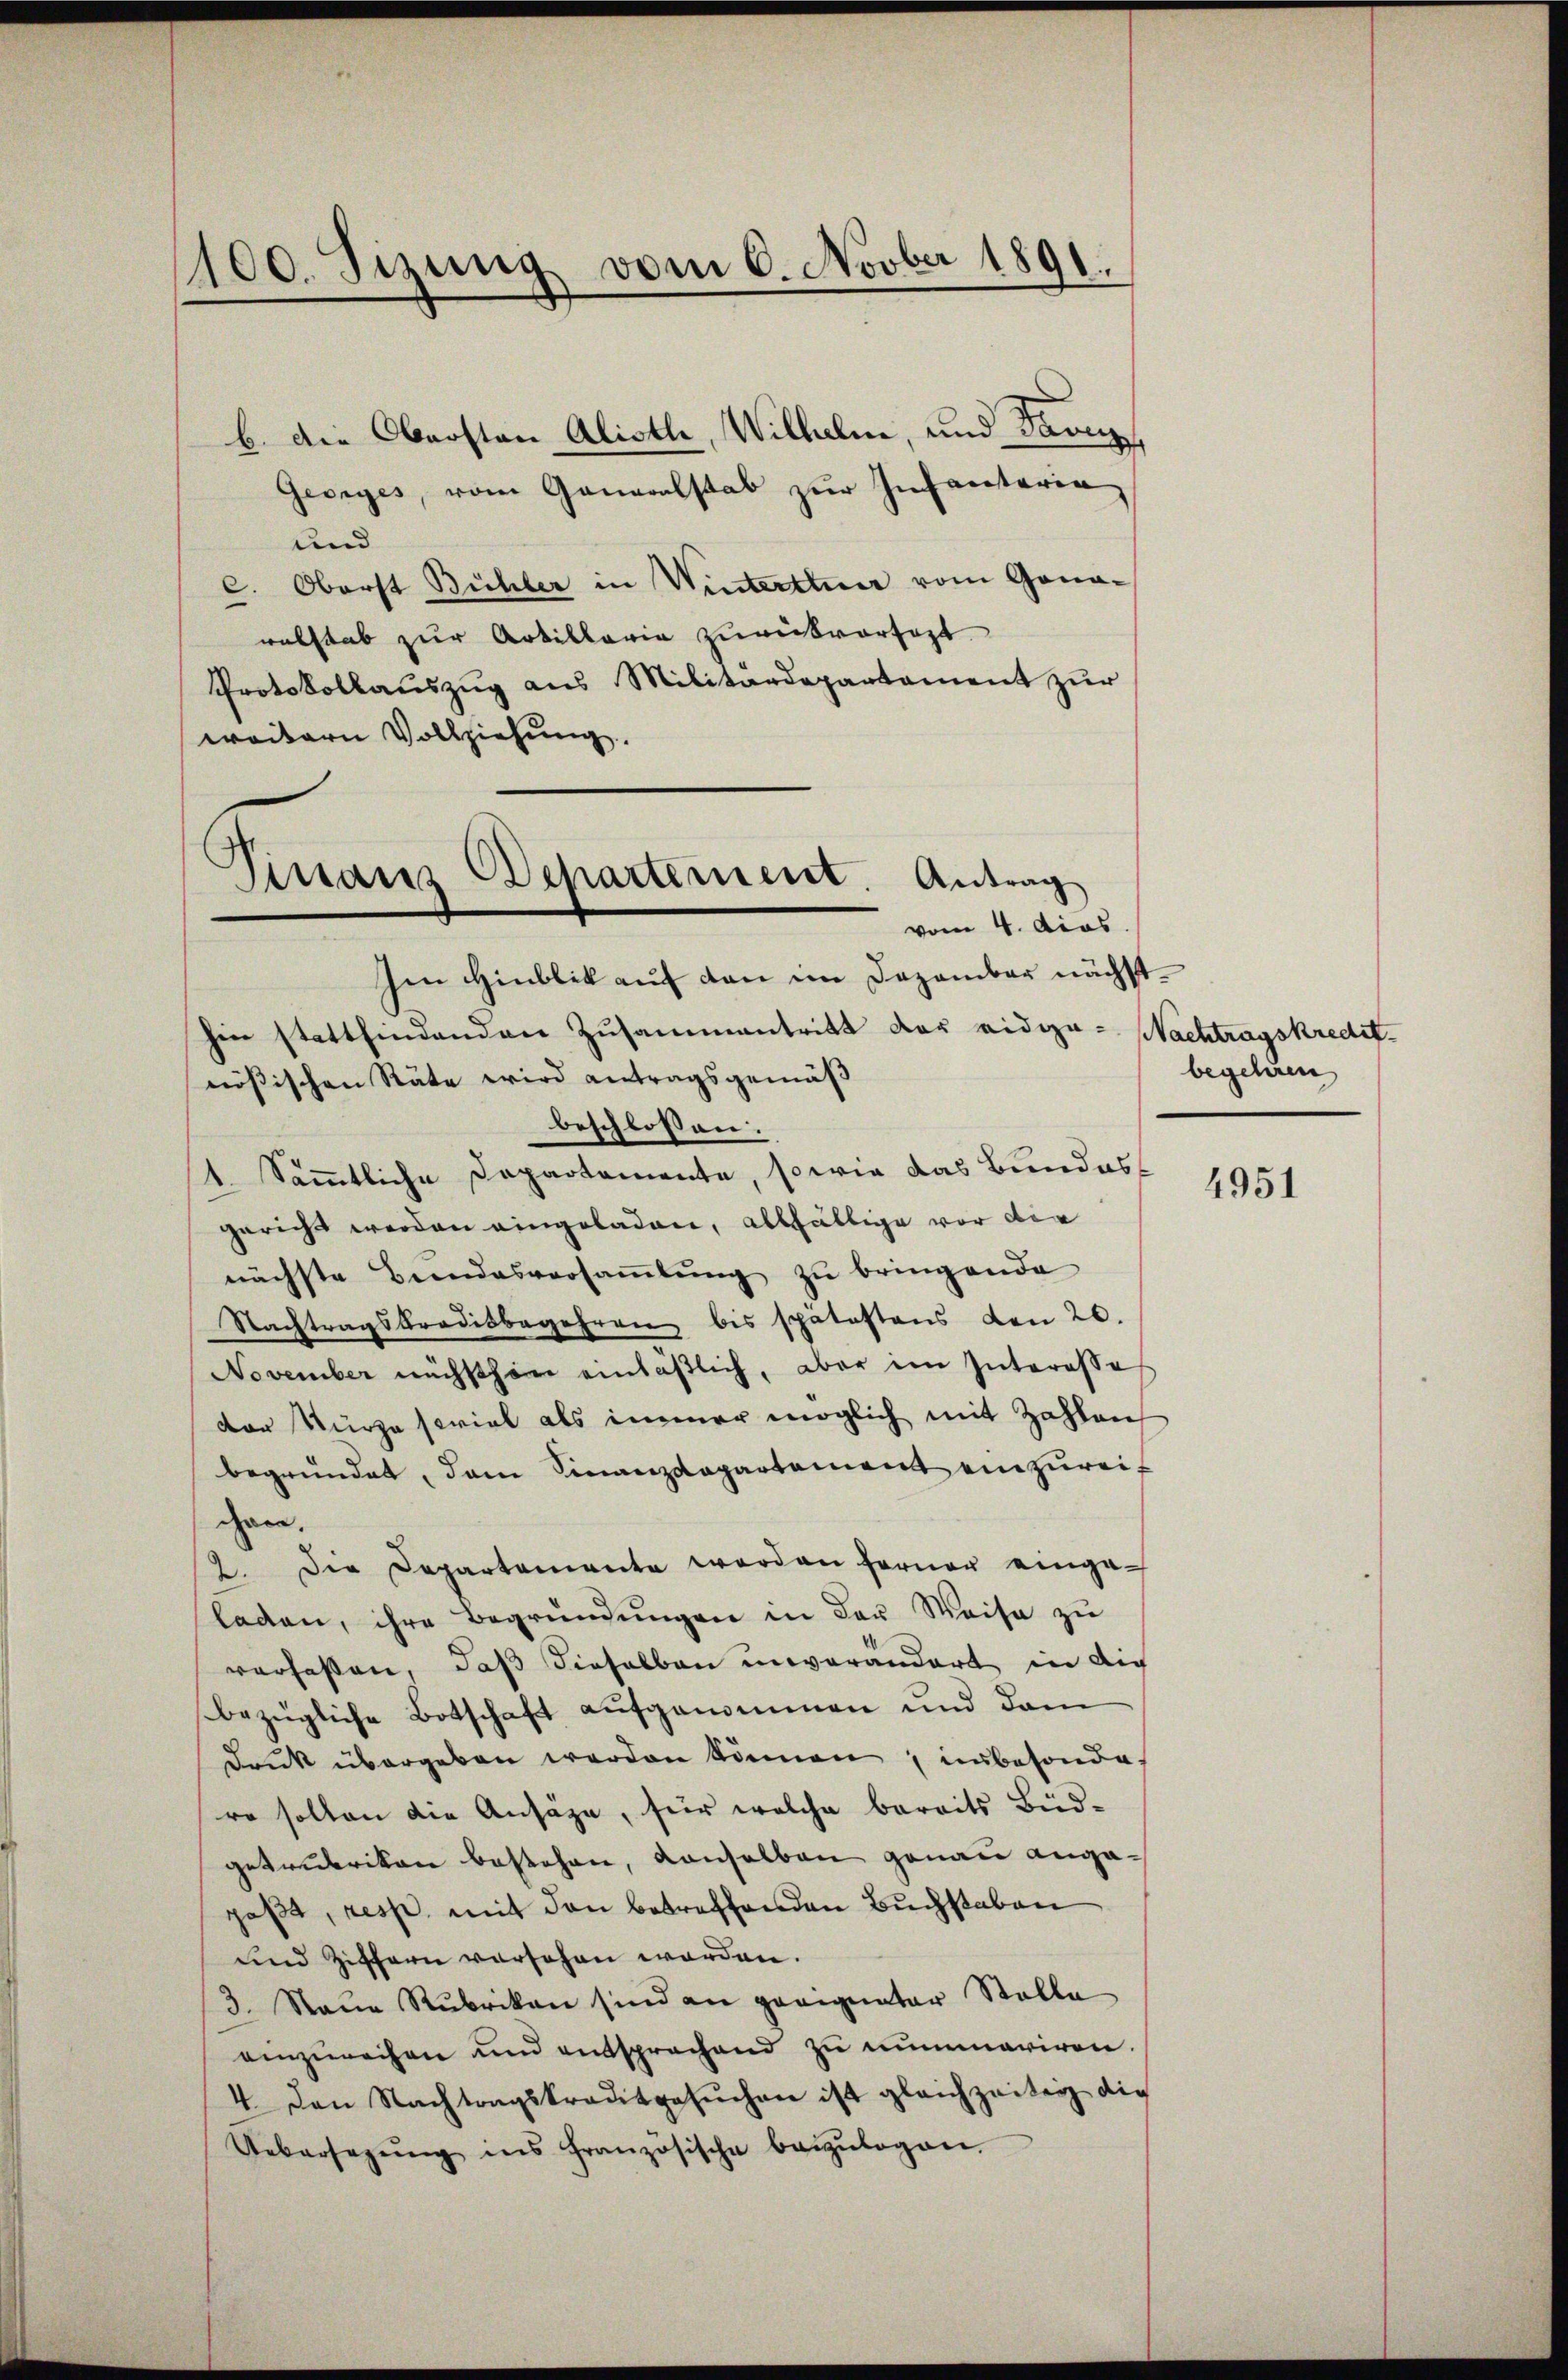
1100. Sizung vom 6. Novber 1891.

b. Die Obersten Alisth, Wilhelm, und Taver
Georges, vom Generalstab zur Infanteria
und
C. Oberst Bühler in Winterttuer vom Gonawalstab zur Artillaria zurückvorsezt.
Protokollaŭszŭg ans Militärdepartament zŭr
weitern Vollziehung.

Vinaus Departement. Antrag
vom 4. dies

Ien Hinblik auf den im Dezember nächsthin stattfindenden Zusammentritt der eidga- Nachtragskredit-
nössischen Räte wird antragsgemäß
beschlossen:
1. Sämmtliche Departemente, sowie das Bundes
gericht werden eingeladen, allfällige vor die
nächste Bŭndesversaṁlŭng zŭ bringende
Nachtragsbradisbegehren bis spätestens den 20.
November nächsthön einläßlich, aber im Interesse
dor Kürze soviel als immer möglich mit Zahlen
begründet, dem Finanzdepartement einzureif
gan.
2. Die Departemente worden ferner eingaladen, ihre Begründungen in der Weise zu
verfassen, daß dieselben unverändert in dich
bezügliche Botschaft aufgenommen und dan
Druck übergeben werden können, unbesonde
ro sollen die Ansäge, für welche bereits Bud-
getrubrikon bestehen, denselben genau angapaßt, resp. mit den betreffenden Buchstaben
und Ziffern versehen worden.
3. Staŭe Rubrikan sind an geeignatar Stalla
einzureihen und entsprochend zu nummariren.
4. Den Nachtragskreditgesŭchen ist gleichzeitig die
Uebersagŭng ins französische beizŭlagen.

begehren

4951